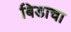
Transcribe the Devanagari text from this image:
बिडाचा